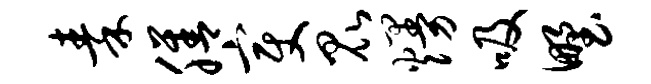
秦膳变昆熳吸野